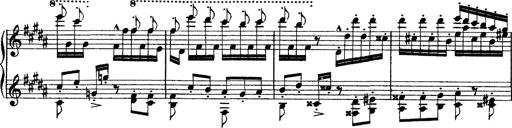
Title: Grandes Ã©tudes de Paganini
Composer: Franz Liszt